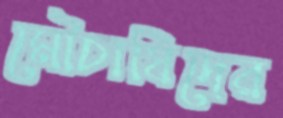
মৌচাষিদের